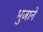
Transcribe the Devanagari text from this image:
भुजाने